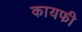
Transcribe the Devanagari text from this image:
कायफी